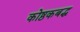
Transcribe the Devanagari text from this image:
कोष्ठकबद्ध